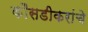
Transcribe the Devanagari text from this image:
कौसडीकरांचे